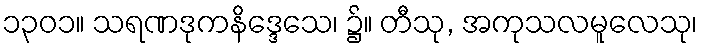
၁၃၀၁။ သရဏဒုကနိဒ္ဒေသေ၊ ၌။ တီသု, အကုသလမူလေသု၊